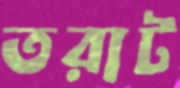
তরাট